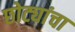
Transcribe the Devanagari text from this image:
छोट्यांचा